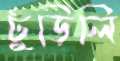
ঢুঁড়িলি